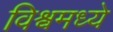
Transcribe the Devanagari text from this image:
विश्वमध्ये